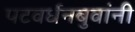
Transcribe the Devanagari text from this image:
पटवर्धनबुवांनी